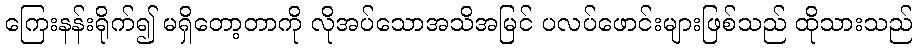
ကြေးနန်းရိုက်၍ မရှိတော့တာကို လိုအပ်သောအသိအမြင် ပလပ်ဖောင်းများဖြစ်သည် ထိုသားသည်